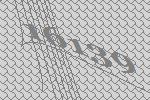
16139